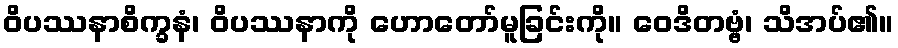
ဝိပဿနာစိက္ခနံ၊ ဝိပဿနာကို ဟောတော်မူခြင်းကို။ ဝေဒိတဗ္ဗံ၊ သိအပ်၏။